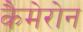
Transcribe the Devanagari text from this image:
कैमेरोन